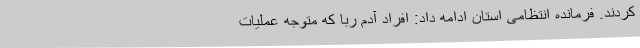
کردند. فرمانده انتظامی استان ادامه داد: افراد آدم ربا که متوجه عملیات